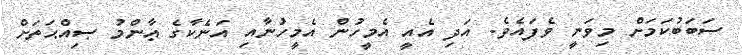
ސަބަބުކަމަށް މިވަނީ ވެފައެވެ. އަދި އެއީ އެމީހުން އެމީހުނާއި އަނެކާގެ ޢާންމު ޞިއްޙަތަށް